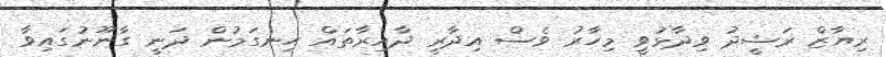
ރިޔާޒް ރަޝީދު ވިދާޅުވީ މިހާރު ވެސް އިދާރީ ދާއިރާތައް ހިނގަމުން ދަނީ ގާނޫނުގައިވާ